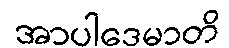
အာပါဒေမာတိ